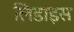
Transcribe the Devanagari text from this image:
लिडाइस